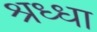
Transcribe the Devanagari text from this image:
श्रध्धा